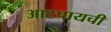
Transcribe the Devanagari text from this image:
आटपायची